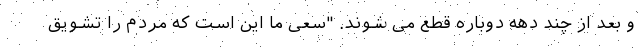
و بعد از چند دهه دوباره قطع می شوند. "سعی ما این است که مردم را تشویق